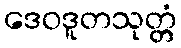
ဒေဝဒူတသုတ္တံ